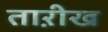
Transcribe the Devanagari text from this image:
ताऱीख